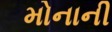
મોનાની